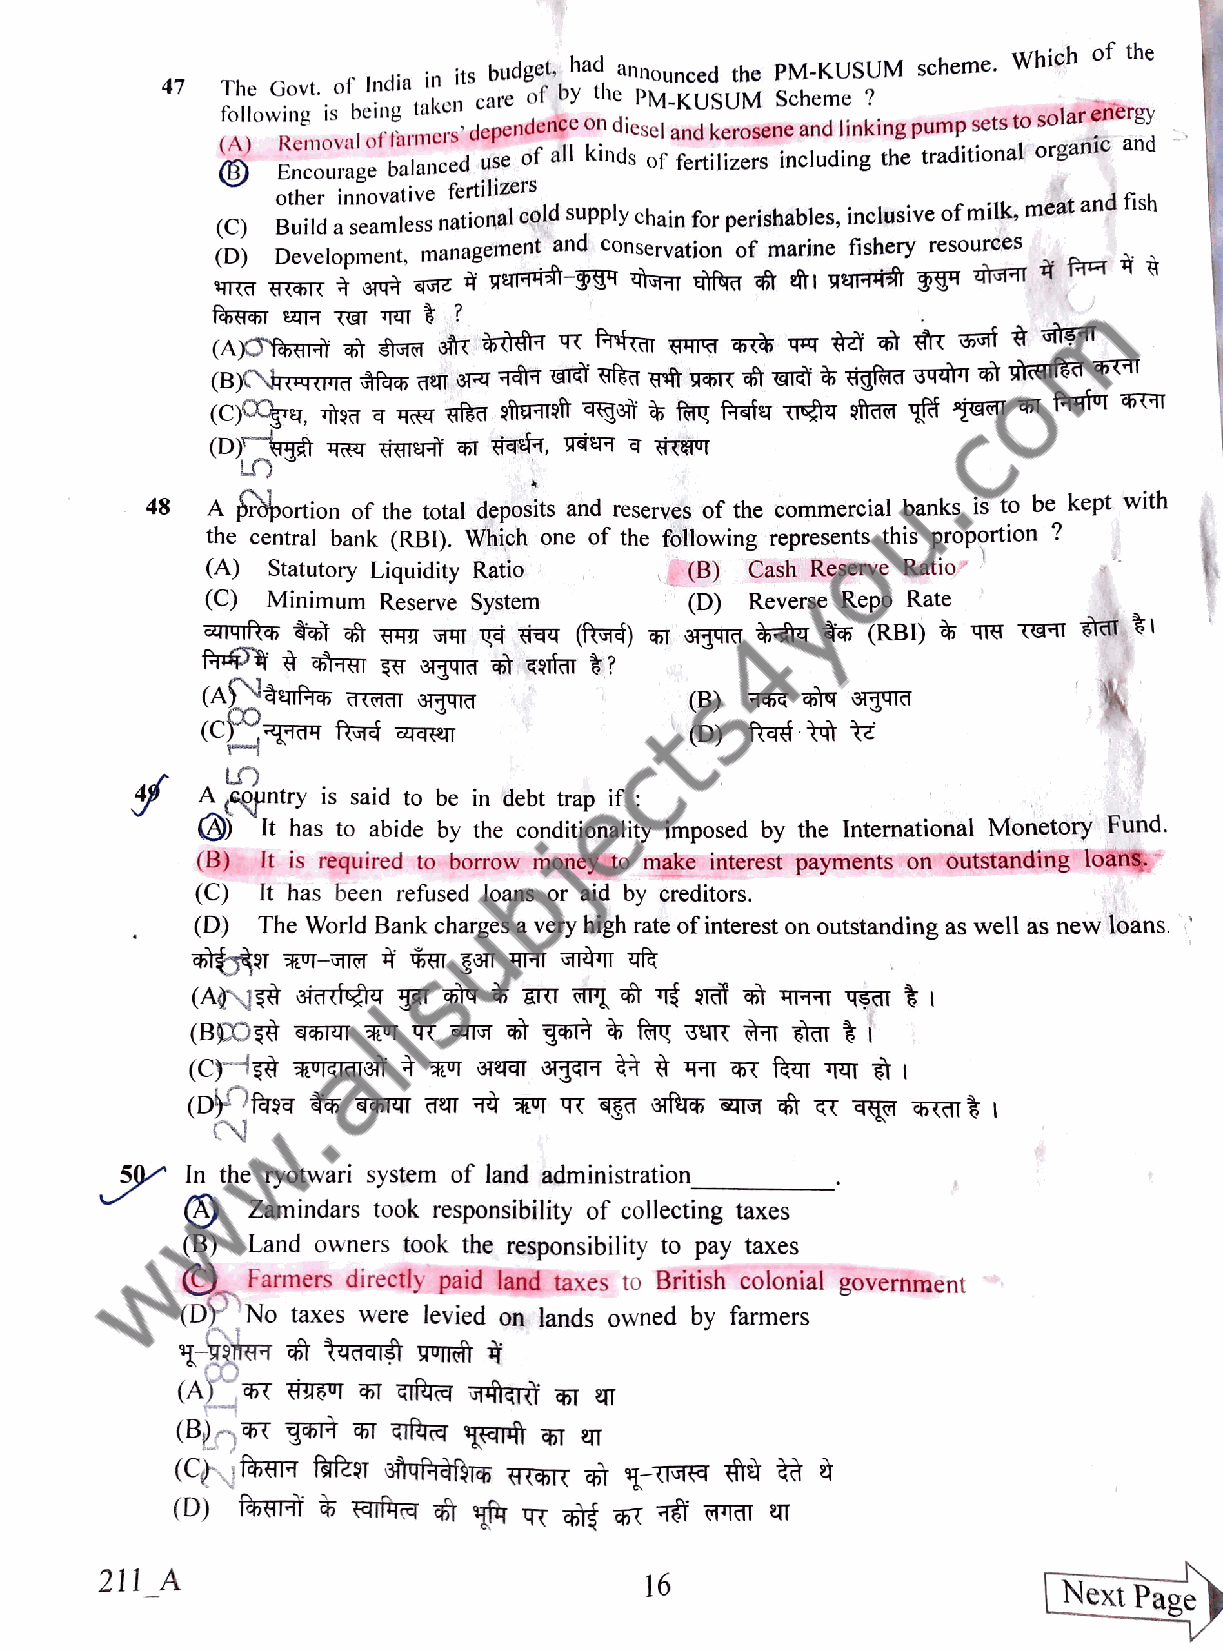
Which of the
 47  The Govt. of India in its budg oe f by then n Po Mu -n Kc Ued S Uth Me P SM ch- eK mU eS ?U M scheme.
 following is be oi fn fg a rt mak ee rsn ' dc ea pr ee n acn dicsel and kerosene and linking pump sets to solar energy
 (A) Removal balanced use or a Kinds of fertilizers including the traditional organic and
 Encourage
 other innovative fertilizers
 (C) Build a seamless national cola supply chain for perishables, inclusive of milk, meat and fIsh
 (D) Development, management and conservation of marine fishery resources
 48  A proportion of the total deposits and reserves of the commercial banks is to be kept with
 the central bank (RBI). Which one of the following represents this proportion ?
 (A) Statutory Liquidity Ratio  (B) Cash Reserve Ratio
 (C) Minimum Reserve System      (D) Reverse Repo Rate
 (B)
 (D)
 LO
 A sQuntry is said to be in debt trap if
 It    has to abide by the conditionality imposed by the International Monetory Fund.
 (B)It is required to borrow money to make interest payments on outstanding loans.
 (C) It has been refused loans or aid by creditors.
 (D) The World Bank charges a very high rate of interest on outstanding as well as new loans.
 50  In the ryotwari system of land administration
 Zamindars    took responsibility of collecting taxes
 (B) Land owners took the responsibility to pay taxes
 CFarmers   directly paid land taxes to British colonial government
 (D  No taxes were levied on lands owned by farmers
 211_A                               16
 Next  Page